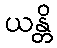
ယန္တိ